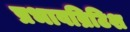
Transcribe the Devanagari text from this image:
प्रभावब्रिटिश